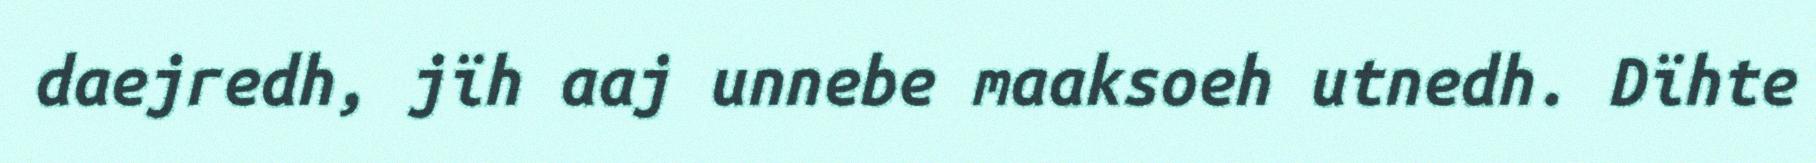
daejredh, jïh aaj unnebe maaksoeh utnedh. Dïhte